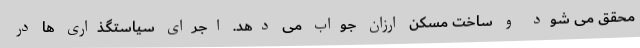
محقق می شود و ساخت مسکن ارزان جواب می دهد. اجرای سیاستگذاری ها در